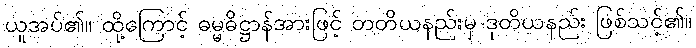
ယူအပ်၏။ ထို့ကြောင့် ဓမ္မဓိဋ္ဌာန်အားဖြင့် တတိယနည်းမှ ဒုတိယနည်း ဖြစ်သင့်၏။